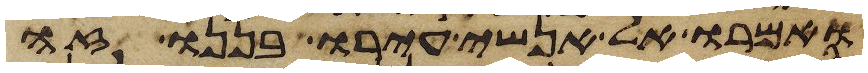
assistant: ואמרו אל אנשי עירו בננו זה